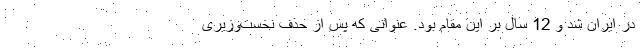
در ایران شد و 12 سال بر این مقام بود. عنوانی که پس از حذف نخست‌وزیری